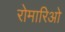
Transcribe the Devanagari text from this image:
रोमारिओ